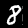
Label: 8